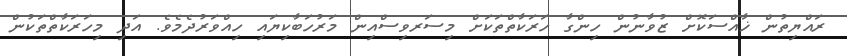
ރައްޔިތުން ޚާއްސަކޮށް ޒުވާނުން ހިންގާ ހަރަކާތްތަކަށް މިސަރވިސްއިން މަރުހަބާކިޔައި ހިއްވަރުދެމެވެ. އަދި މިހަރަކާތްތަކުން